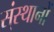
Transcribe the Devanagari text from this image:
स्ंस्थानों